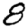
Digit: 8